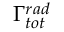
\Gamma _ { t o t } ^ { r a d }